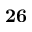
\bf { 2 6 }